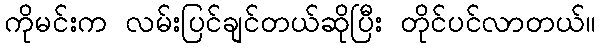
ကိုမင်းက လမ်းပြင်ချင်တယ်ဆိုပြီး တိုင်ပင်လာတယ်။